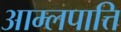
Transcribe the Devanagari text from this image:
आम्लपात्ति